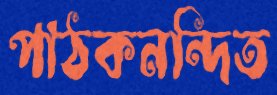
পাঠকনন্দিত